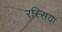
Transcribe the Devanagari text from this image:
रस्सिया